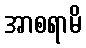
အာစရာမိ